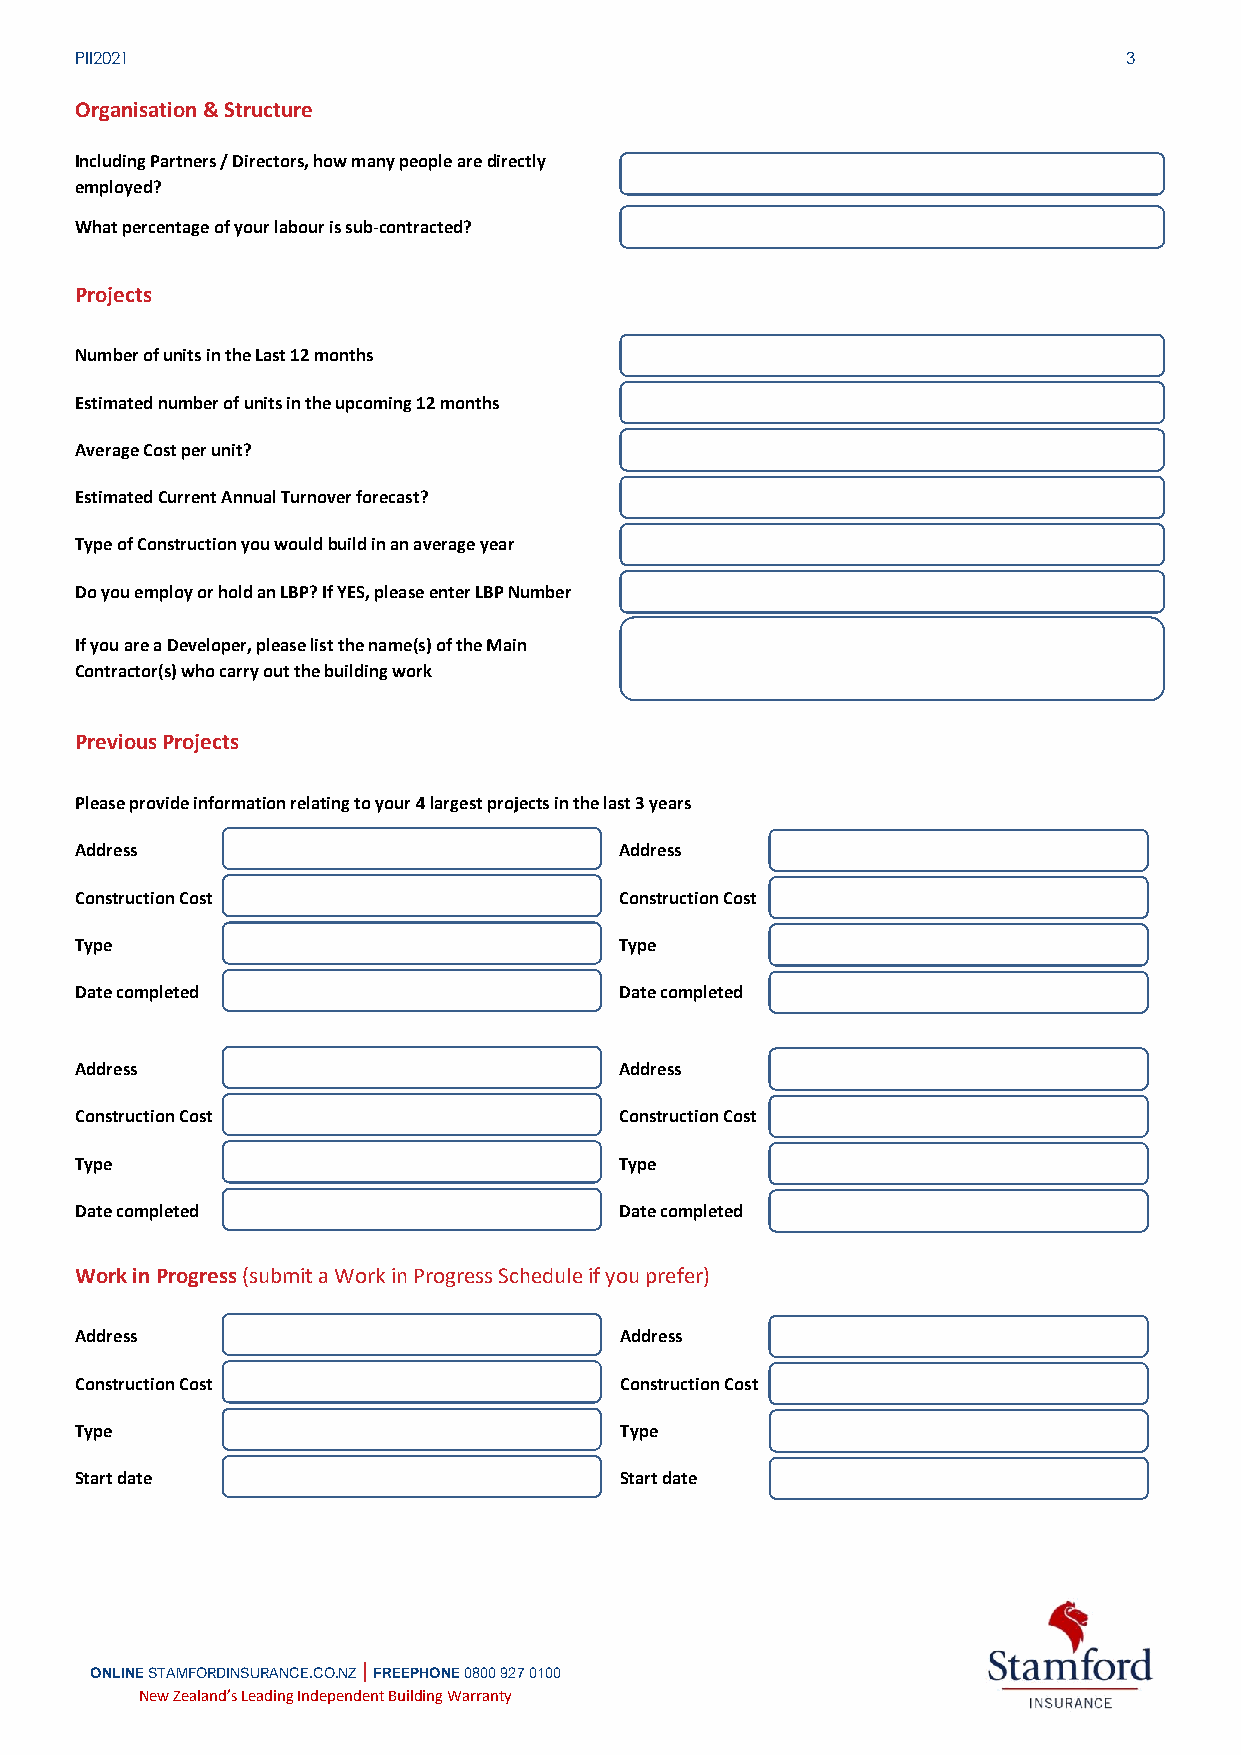
PII2021                                                              3
 Organisation & Structure
 Including Partners / Directors, how many people are directly
 employed?
 What percentage of your labour is sub-contracted?
 Projects
 Number of units in the Last 12 months
 Estimated number of units in the upcoming 12 months
 Average Cost per unit?
 Estimated Current Annual Turnover forecast?
 Type of Construction you would build in an average year
 Do you employ or hold an LBP? If YES, please enter LBP Number
 If you are a Developer, please list the name(s) of the Main
 Contractor(s) who carry out the building work
 Previous Projects
 Please provide information relating to your 4 largest projects in the last 3 years
 Address                             Address
 Construction Cost                   Construction Cost
 Type                                Type
 Date completed                      Date completed
 Address                             Address
 Construction Cost                   Construction Cost
 Type                                Type
 Date completed                      Date completed
 Work in Progress (submit a Work in Progress Schedule if you prefer)
 Address                             Address
 Construction Cost                   Construction Cost
 Type                                Type
 Start date                          Start date
 ONLINE STAMFORDINSURANCE.CO.NZ | FREEPHONE 0800 927 0100
 N ew Zealand ’s Leading I ndependen t Building W arranty